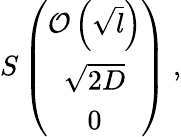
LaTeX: S\left(\begin{array}{c}{{{\cal{O}}\left(\sqrt{l}\right)}}\\ {{\sqrt{2D}}}\\ {{0}}\end{array}\right)~,